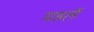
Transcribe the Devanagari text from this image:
घडलें